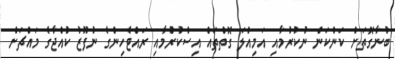
ބުނާގޮތަށް ކަންކަން ނުކުރުމާއި އަމިއްލަ ގޮތްތައް އިސްކުރުމާއި ރައްޓެހިންގެ ނުފޫޒު ކުއްޖާގެ މައްޗަށް